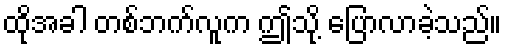
ထိုအခါ တစ်ဘက်လူက ဤသို့ ပြောလာခဲ့သည်။